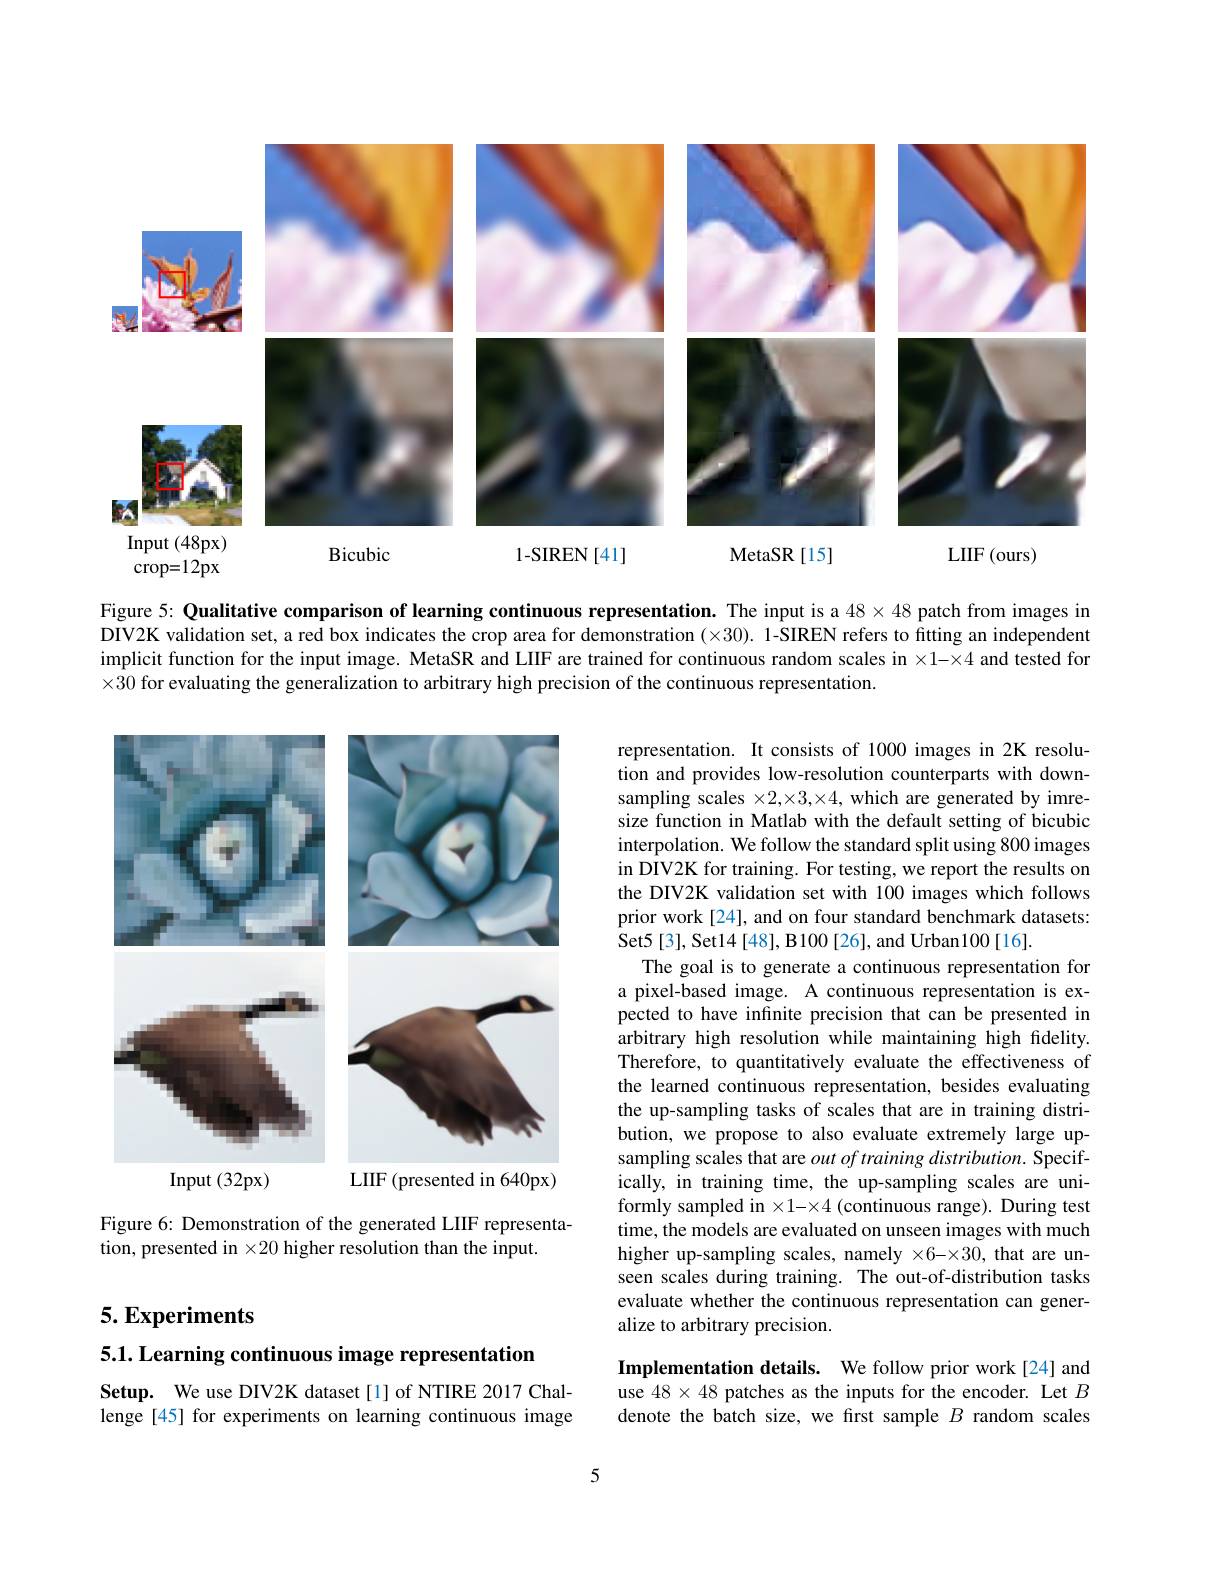
<FigureHere>

Figure 5: Qualitative comparison of learning continuous representation. The input is a $48\times48$ patch from images in DIV2K validation set, a red box indicates the crop area for demonstration $(\times30).$ 1-SIREN refers to fitting an independent implicit function for the input image. MetaSR and LIIF are trained for continuous random scales in $\times1-\times4$ and tested for $\times30$ for evaluating the generalization to arbitrary high precision of the continuous representation.

<FigureHere>

representation. It consists of 1000 images in 2K resolution and provides low-resolution counterparts with downsampling scales $\times2,\times3,\times4$, which are generated by imresize function in Matlab with the default setting of bicubic interpolation. We follow the standard split using 800 images in DIV2K for training. For testing, we report the results on the DIV2K validation set with 100 images which follows prior work[24], and on four standard benchmark datasets: Set5[3], Set14[48], B100[26], and Urban100[16].
The goal is to generate a continuous representation for a pixel-based image. A continuous representation is expected to have infinite precision that can be presented in arbitrary high resolution while maintaining high fidelity. Therefore, to quantitatively evaluate the effectiveness of the learned continuous representation, besides evaluating the up-sampling tasks of scales that are in training distribution, we propose to also evaluate extremely large upsampling scales that are $out\textit{of training distribution. Specif- }$ ically, in training time, the up-sampling scales are uniformly sampled in $\times1-\times4$ (continuous range). During test time, the models are evaluated on unseen images with much higher up-sampling scales, namely $\times6-\times30$, that are unseen scales during training. The out-of-distribution tasks evaluate whether the continuous representation can generalize to arbitrary precision.

Figure 6: Demonstration of the generated LIIF representa-
tion, presented in $\times20$ higher resolution than the input.

## $5. \textbf{Experiments}$

5.1. Learning continuous image representation

Implementation details. We follow prior work[24] and use $48\times48$ patches as the inputs for the encoder. Let $B$ denote the batch size, we first sample $B$ random scales

Setup. We use DIV2K dataset[1] of NTIRE 2017 Challenge[45] for experiments on learning continuous image

5